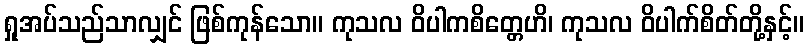
ရှုအပ်သည်သာလျှင် ဖြစ်ကုန်သော။ ကုသလ ဝိပါကစိတ္တေဟိ၊ ကုသလ ဝိပါက်စိတ်တို့နှင့်။